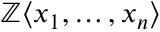
\mathbb { Z } \langle x _ { 1 } , \ldots , x _ { n } \rangle